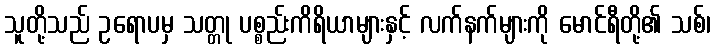
သူတို့သည် ဥရောပမှ သတ္တု ပစ္စည်းကိရိယာများနှင့် လက်နက်များကို မောင်ရီတို့၏ သစ်၊